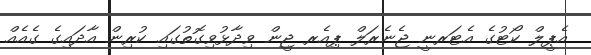
އެޕީލް ކޯޓުގެ އެޓަރނީ ޖެނެރަލް ޕިއެރ ޖީން ވިދާޅުވިގޮތުގައި ކުރިން އާދައިގެ ގެއެއް